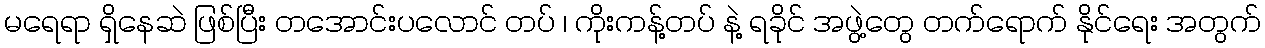
မရေရာ ရှိနေဆဲ ဖြစ်ပြီး တအောင်းပလောင် တပ် ၊ ကိုးကန့်တပ် နဲ့ ရခိုင် အဖွဲ့တွေ တက်ရောက် နိုင်ရေး အတွက်